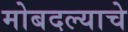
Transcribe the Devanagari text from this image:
मोबदल्याचे